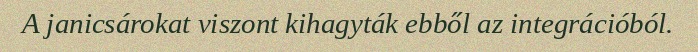
A janicsárokat viszont kihagyták ebből az integrációból.